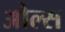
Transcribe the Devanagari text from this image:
औल्स